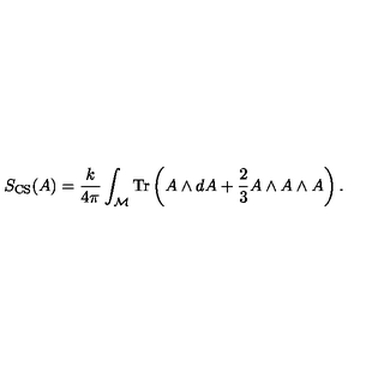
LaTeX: S _ { \mathrm { C S } } ( A ) = { \frac { k } { 4 \pi } } \int _ { \cal M } \mathrm { T r } \left( A \wedge d A + { \frac { 2 } { 3 } } A \wedge A \wedge A \right) .